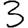
Digit: 3